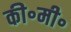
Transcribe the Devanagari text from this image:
की॰मी॰